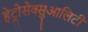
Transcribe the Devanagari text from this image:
हेट्रोसेक्सुआलिटी